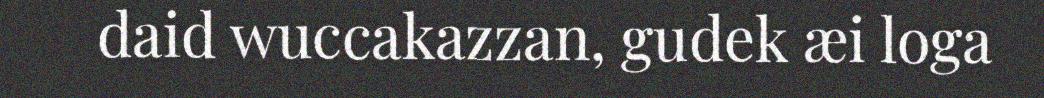
daid wuccakazzan, gudek æi loga